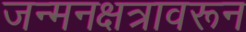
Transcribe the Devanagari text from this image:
जन्मनक्षत्रावरून